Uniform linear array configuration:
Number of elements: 24
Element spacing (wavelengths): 0.5
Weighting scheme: exponential
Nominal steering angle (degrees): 0
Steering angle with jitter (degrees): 1.404
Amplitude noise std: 0.05
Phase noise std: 0.05

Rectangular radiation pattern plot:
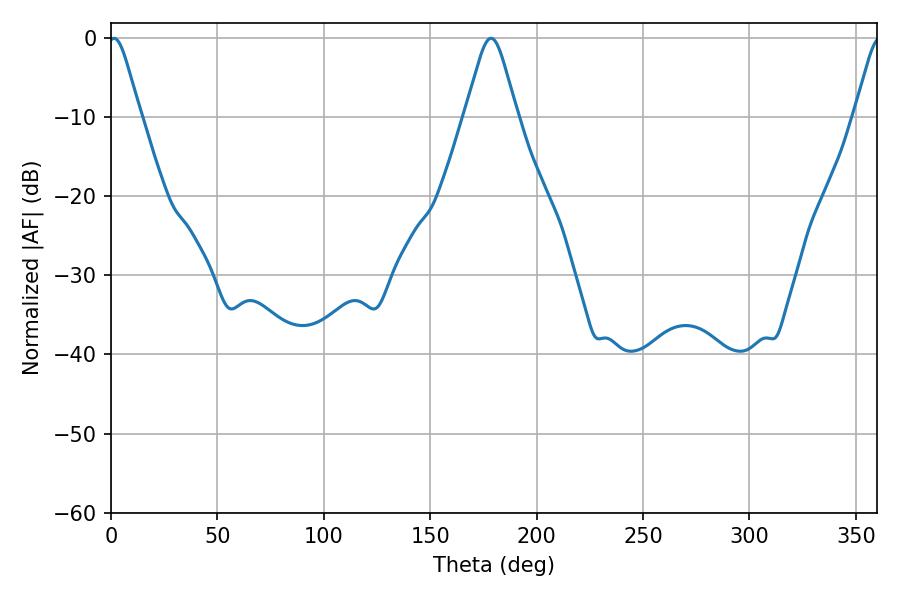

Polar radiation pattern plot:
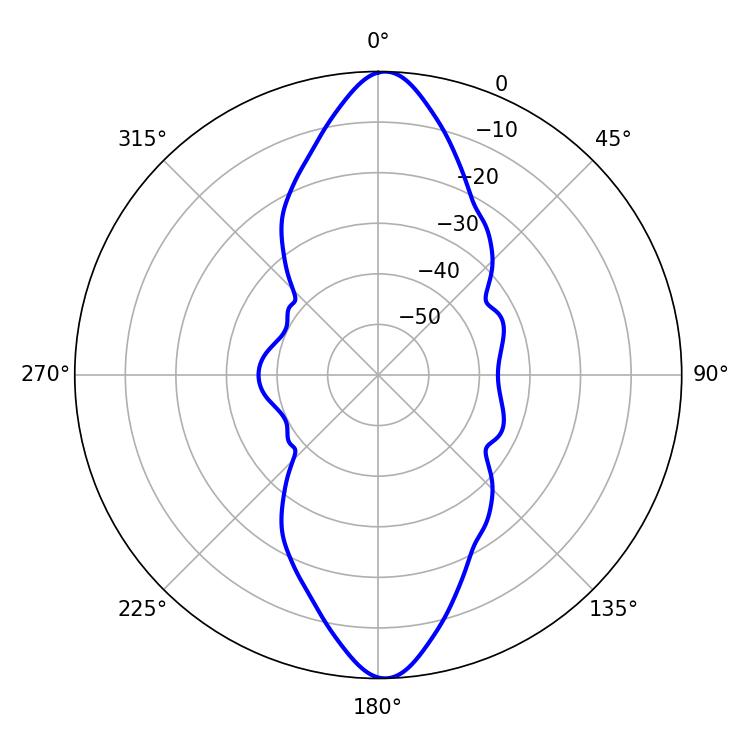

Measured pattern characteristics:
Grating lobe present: FALSE
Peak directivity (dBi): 21.973
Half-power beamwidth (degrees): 7.2
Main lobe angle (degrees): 1.44